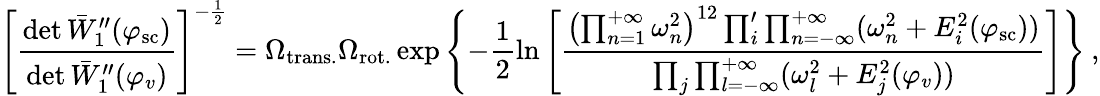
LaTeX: \left[\frac{\operatorname*{det}\bar{W}_{1}^{\prime\prime}(\varphi_{\mathrm{sc}})}{\operatorname*{det}\bar{W}_{1}^{\prime\prime}(\varphi_{v})}\right]^{-\frac{1}{2}}=\Omega_{\mathrm{trans.}}\Omega_{\mathrm{rot.}}\exp\left\{ -\frac{1}{2}\ln\left[\frac{\left(\prod_{n=1}^{+\infty}\omega_{n}^{2}\right)^{12}\prod_{i}^{\prime}\prod_{n=-\infty}^{+\infty}(\omega_{n}^{2}+E_{i}^{2}(\varphi_{\mathrm{sc}}))}{\prod_{j}\prod_{l=-\infty}^{+\infty}(\omega_{l}^{2}+E_{j}^{2}(\varphi_{v}))}\right]\right\} \: ,